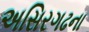
અસિરગઢના